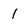
Character: 1